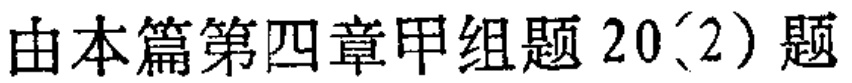
由本篇第四章甲组题 20\(2\)题